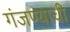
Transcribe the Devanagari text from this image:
गंजण्याची